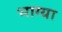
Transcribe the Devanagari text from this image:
भाग्या